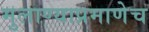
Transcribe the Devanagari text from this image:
मुलाण्याप्रमाणेच